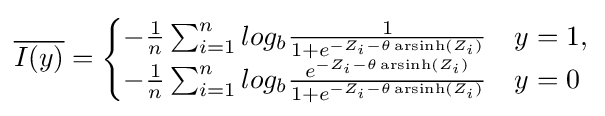
{\overline {I(y)}}={\begin{cases}-{\frac {1}{n}}\sum _{i=1}^{n}{log_{b}{\frac {1}{1+e^{-Z_{i}-\theta \operatorname {arsinh} (Z_{i})}}}}&y=1,\\-{\frac {1}{n}}\sum _{i=1}^{n}{log_{b}{\frac {e^{-Z_{i}-\theta \operatorname {arsinh} (Z_{i})}}{1+e^{-Z_{i}-\theta \operatorname {arsinh} (Z_{i})}}}}&y=0\end{cases}}